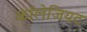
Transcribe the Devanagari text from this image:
कॉलेजियट